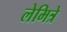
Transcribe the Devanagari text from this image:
लेमित्रे